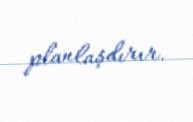
planlaşdırır.